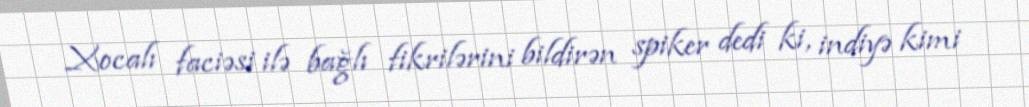
Xocalı faciəsi ilə bağlı fikrilərini bildirən spiker dedi ki, indiyə kimi